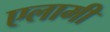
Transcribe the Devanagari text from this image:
एलामी